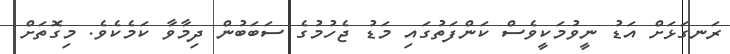
ރަނގަޅަށް އަޑު ނީވުމަކީވެސް ކަންފަތުގައި މަޑު ޖެހުމުގެ ސަބަބުން ދިމާވާ ކަމެކެވެ. މިގޮތަށް